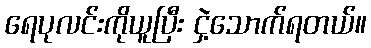
ရေပုလင်းကိုယူပြီး ငှဲ့သောက်ရတယ်။